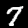
Label: 7